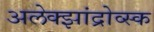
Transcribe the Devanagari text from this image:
अलेक्झांद्रोव्स्क